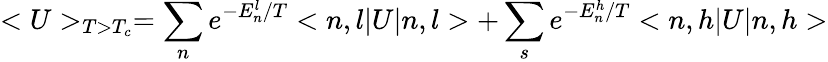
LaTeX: <U>_{T>T_{c}}=\sum_{n}e^{-E_{n}^{l}/T}<n,l|U|n,l>+\sum_{s}e^{-E_{n}^{h}/T}<n,h|U|n,h>